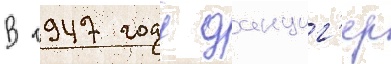
В 1947 году данциг'ер